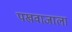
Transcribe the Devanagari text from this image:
पखवाजाला